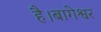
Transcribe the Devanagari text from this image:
है।बागेश्वर